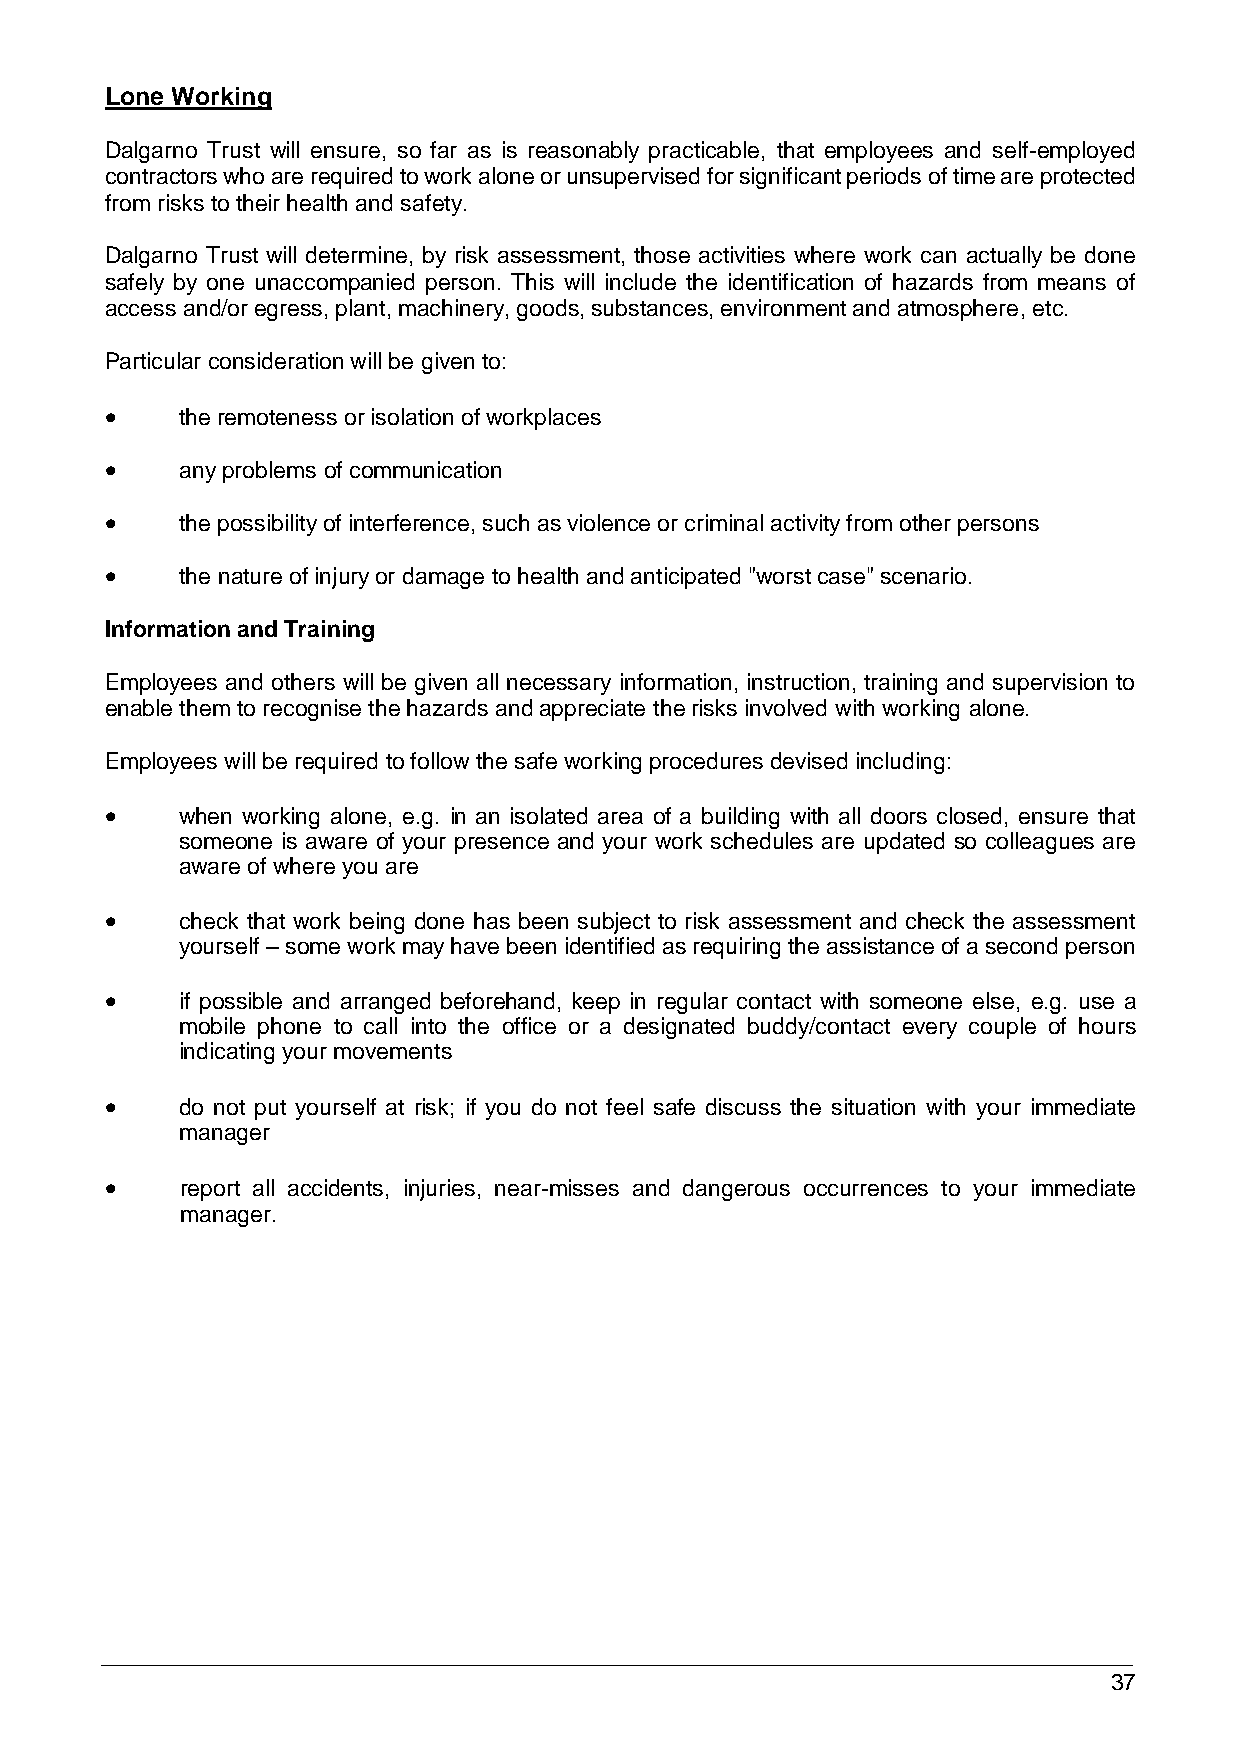
Lone Working
 Dalgarno Trust will ensure, so far as is reasonably practicable, that employees and self-employed
 contractors who are required to work alone or unsupervised for significant periods of time are protected
 from risks to their health and safety.
 Dalgarno Trust will determine, by risk assessment, those activities where work can actually be done
 safely by one unaccompanied person. This will include the identification of hazards from means of
 access and/or egress, plant, machinery, goods, substances, environment and atmosphere, etc.
 Particular consideration will be given to:
     the remoteness or isolation of workplaces
     any problems of communication
     the possibility of interference, such as violence or criminal activity from other persons
     the nature of injury or damage to health and anticipated "worst case" scenario.
 Information and Training
 Employees and others will be given all necessary information, instruction, training and supervision to
 enable them to recognise the hazards and appreciate the risks involved with working alone.
 Employees will be required to follow the safe working procedures devised including:
     when working alone, e.g. in an isolated area of a building with all doors closed, ensure that
 someone is aware of your presence and your work schedules are updated so colleagues are
 aware of where you are
     check that work being done has been subject to risk assessment and check the assessment
 yourself – some work may have been identified as requiring the assistance of a second person
     if possible and arranged beforehand, keep in regular contact with someone else, e.g. use a
 mobile phone to call into the office or a designated buddy/contact every couple of hours
 indicating your movements
     do not put yourself at risk; if you do not feel safe discuss the situation with your immediate
 manager
     report all accidents, injuries, near-misses and dangerous occurrences to your immediate
 manager.
 37